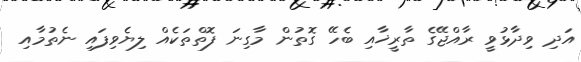
އަދި ވިދާޅުވީ ރާއްޖޭގެ ތާރީޚާއި ބެހޭ ގޮތުން މާގިނަ ފޮތްތަކެއް ލިޔެވިފައި ނެތުމާއި